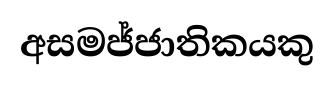
අසමජ්ජාතිකයකු